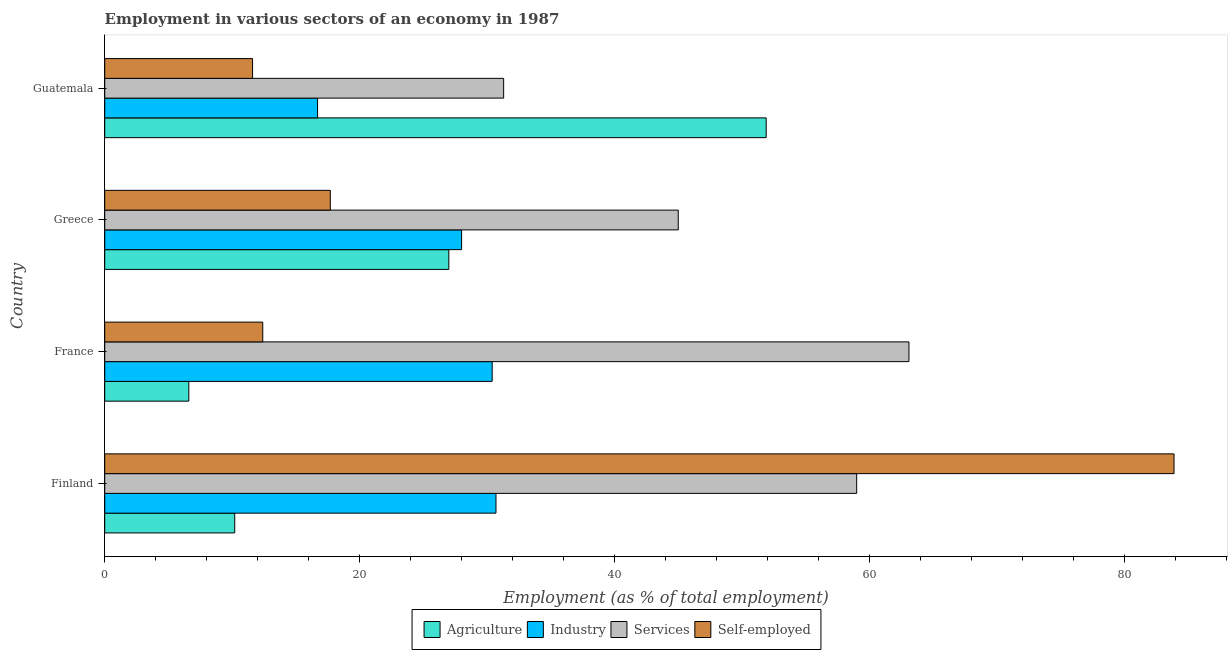
| Country | Agriculture | Industry | Services | Self-employed |
 | --- | --- | --- | --- | --- |
 | Finland | 10.2 | 30.7 | 59 | 83.9 |
 | France | 6.6 | 30.4 | 63.1 | 12.4 |
 | Greece | 27 | 28 | 45 | 17.7 |
 | Guatemala | 51.9 | 16.7 | 31.3 | 11.6 |